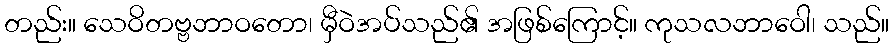
တည်း။ သေဝိတဗ္ဗဘာဝတော၊ မှီဝဲအပ်သည်၏ အဖြစ်ကြောင့်။ ကုသလဘာဝေါ၊ သည်။